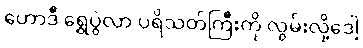
ဟောဒီ ရွှေပွဲလာ ပရိသတ်ကြီးကို လွမ်းလို့ဒေါ့